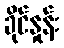
ခိုင်နှုန်း